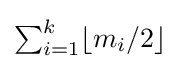
\textstyle \sum _{i=1}^{k}\lfloor m_{i}/2\rfloor